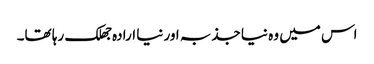
اس میں وہ نیا جذبہ اور نیا ارادہ جھلک رہا تھا۔